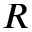
R